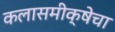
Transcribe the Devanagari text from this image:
कलासमीक्षेचा